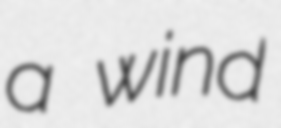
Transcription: a wind